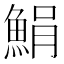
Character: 𩷫